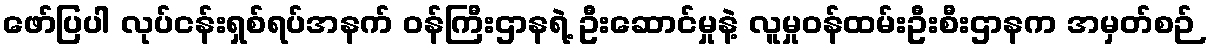
ဖော်ပြပါ လုပ်ငန်းရှစ်ရပ်အနက် ဝန်ကြီးဌာနရဲ့ ဦးဆောင်မှုနဲ့ လူမှုဝန်ထမ်းဦးစီးဌာနက အမှတ်စဉ်